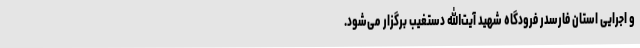
و اجرایی استان فارسدر فرودگاه شهید آیت‌الله دستغیب برگزار می‌شود.